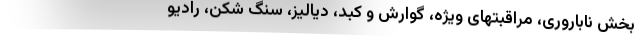
بخش ناباروری، مراقبتهای ویژه، گوارش و کبد، دیالیز، سنگ شکن، رادیو